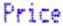
PRICE